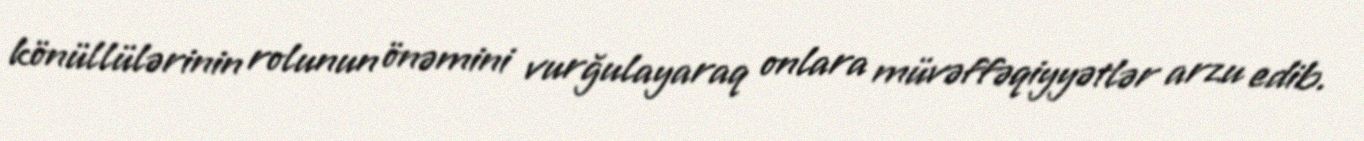
könüllülərinin rolunun önəmini vurğulayaraq onlara müvəffəqiyyətlər arzu edib.